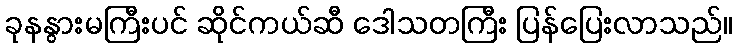
ခုနနွားမကြီးပင် ဆိုင်ကယ်ဆီ ဒေါသတကြီး ပြန်ပြေးလာသည်။